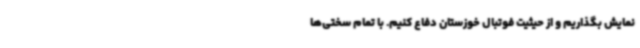
نمایش بگذاریم و از حیثیت فوتبال خوزستان دفاع کنیم. با تمام سختی‌ها